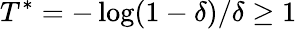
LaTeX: T^{*}=-\log(1-\delta)/\delta\geq 1